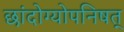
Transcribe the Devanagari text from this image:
छांदोग्योपनिषत्